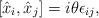
LaTeX: \begin{align*} \left[ \hat x_i, \hat x_j\right] = i\theta\epsilon_{ij},\end{align*}